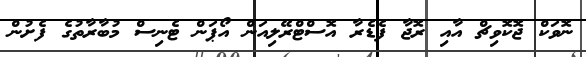
ނޮވަކް ޖޮކޮވިޗް އާއި ރޮޖާ ފެޑެރާ އޮސްޓްރޭލިއަން އޯޕަން ޓެނިސް މުބާރާތުގެ ފެށުން